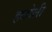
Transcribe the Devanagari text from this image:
हळोली